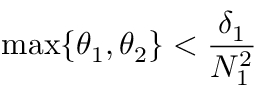
\operatorname* { m a x } \{ \theta _ { 1 } , \theta _ { 2 } \} < \frac { \delta _ { 1 } } { N _ { 1 } ^ { 2 } }